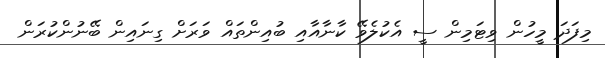
މިފަދަ މީހުން ވިޓަމިން ސީ އެކުލެވޭ ކާނާއާއި ބުއިންތައް ވަރަށް ގިނައިން ބޭނުންކުރަން